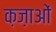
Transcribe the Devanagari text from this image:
क़ज़ाओं